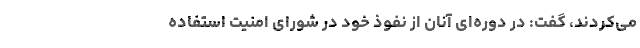
می‌کردند، گفت: در دوره‌ای آنان از نفوذ خود در شورای امنیت استفاده